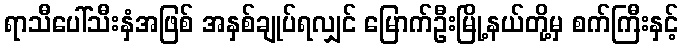
ရာသီပေါ်သီးနှံအဖြစ် အနှစ်ချုပ်ရလျှင် မြောက်ဦးမြို့နယ်တို့မှ စက်ကြီးနှင့်